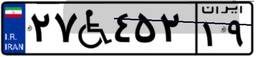
۰۴W۳۴۲۲۶